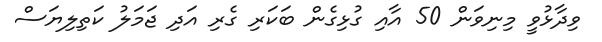
ވިދާޅުވީ މިނިވަން 50 އާއި ގުޅިގެން ބަކަރި ގެރި އަދި ޖަމަލު ކަތިލިޔަސް